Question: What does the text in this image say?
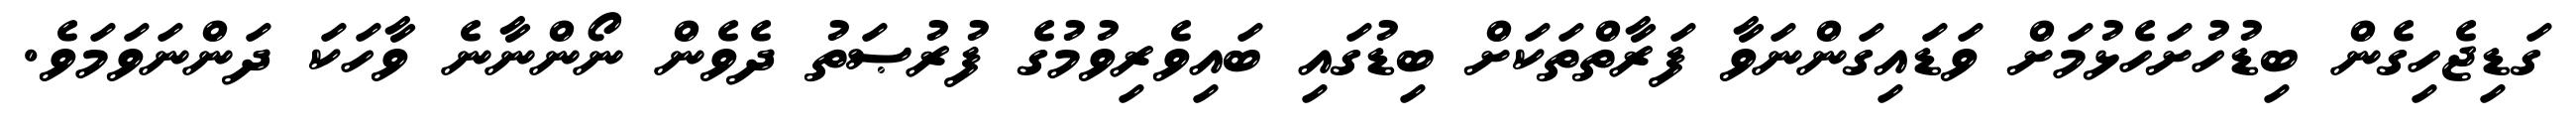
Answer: ގަޑިޖެހިގެން ބިޑުހުށަހެޅުމަށް ވަޑައިގަންނަވާ ފަރާތްތަކަށް ބިޑުގައި ބައިވެރިވުމުގެ ފުރުޞަތު ދެވެން ނޯންނާނެ ވާހަކަ ދަންނަވަމަވެ.